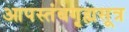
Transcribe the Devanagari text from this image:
आपस्तंबगृह्मसूत्र